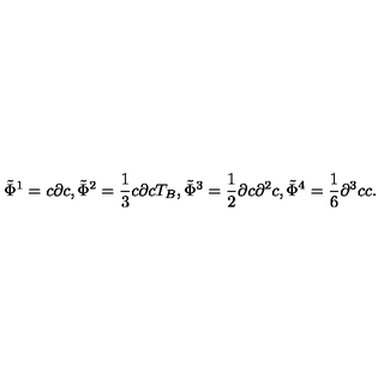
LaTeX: \tilde { \Phi } ^ { 1 } = c \partial c , \tilde { \Phi } ^ { 2 } = \frac { 1 } { 3 } c \partial c T _ { B } , \tilde { \Phi } ^ { 3 } = \frac 1 2 \partial c \partial ^ { 2 } c , \tilde { \Phi } ^ { 4 } = \frac 1 6 \partial ^ { 3 } c c .